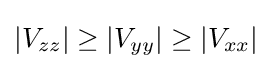
\vert V_{zz}\vert \geq \vert V_{yy}\vert \geq \vert V_{xx}\vert